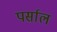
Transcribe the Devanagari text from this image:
पर्साल